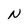
Character: N